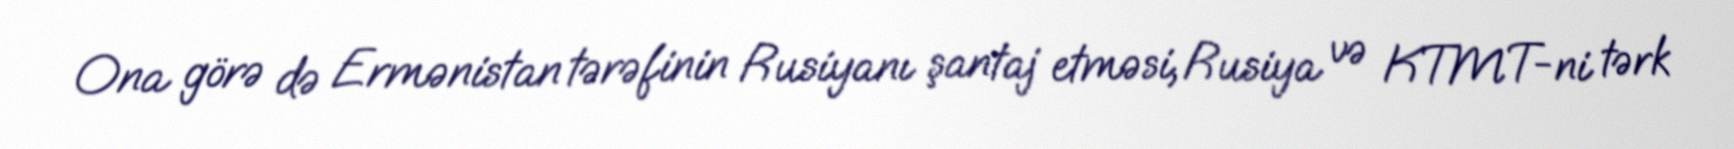
Ona görə də Ermənistan tərəfinin Rusiyanı şantaj etməsi, Rusiya və KTMT-ni tərk